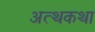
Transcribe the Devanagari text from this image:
अत्थकथा